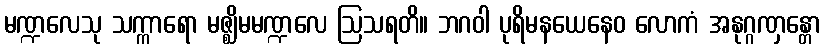
မဏ္ဍလေသု သက္ကာရော မဇ္ဈိမမဏ္ဍလေ ဩသရတိ။ ဘဂဝါ ပုရိမနယေနေဝ လောကံ အနုဂ္ဂဏှန္တော